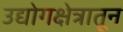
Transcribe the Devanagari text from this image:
उद्योगक्षेत्रातून